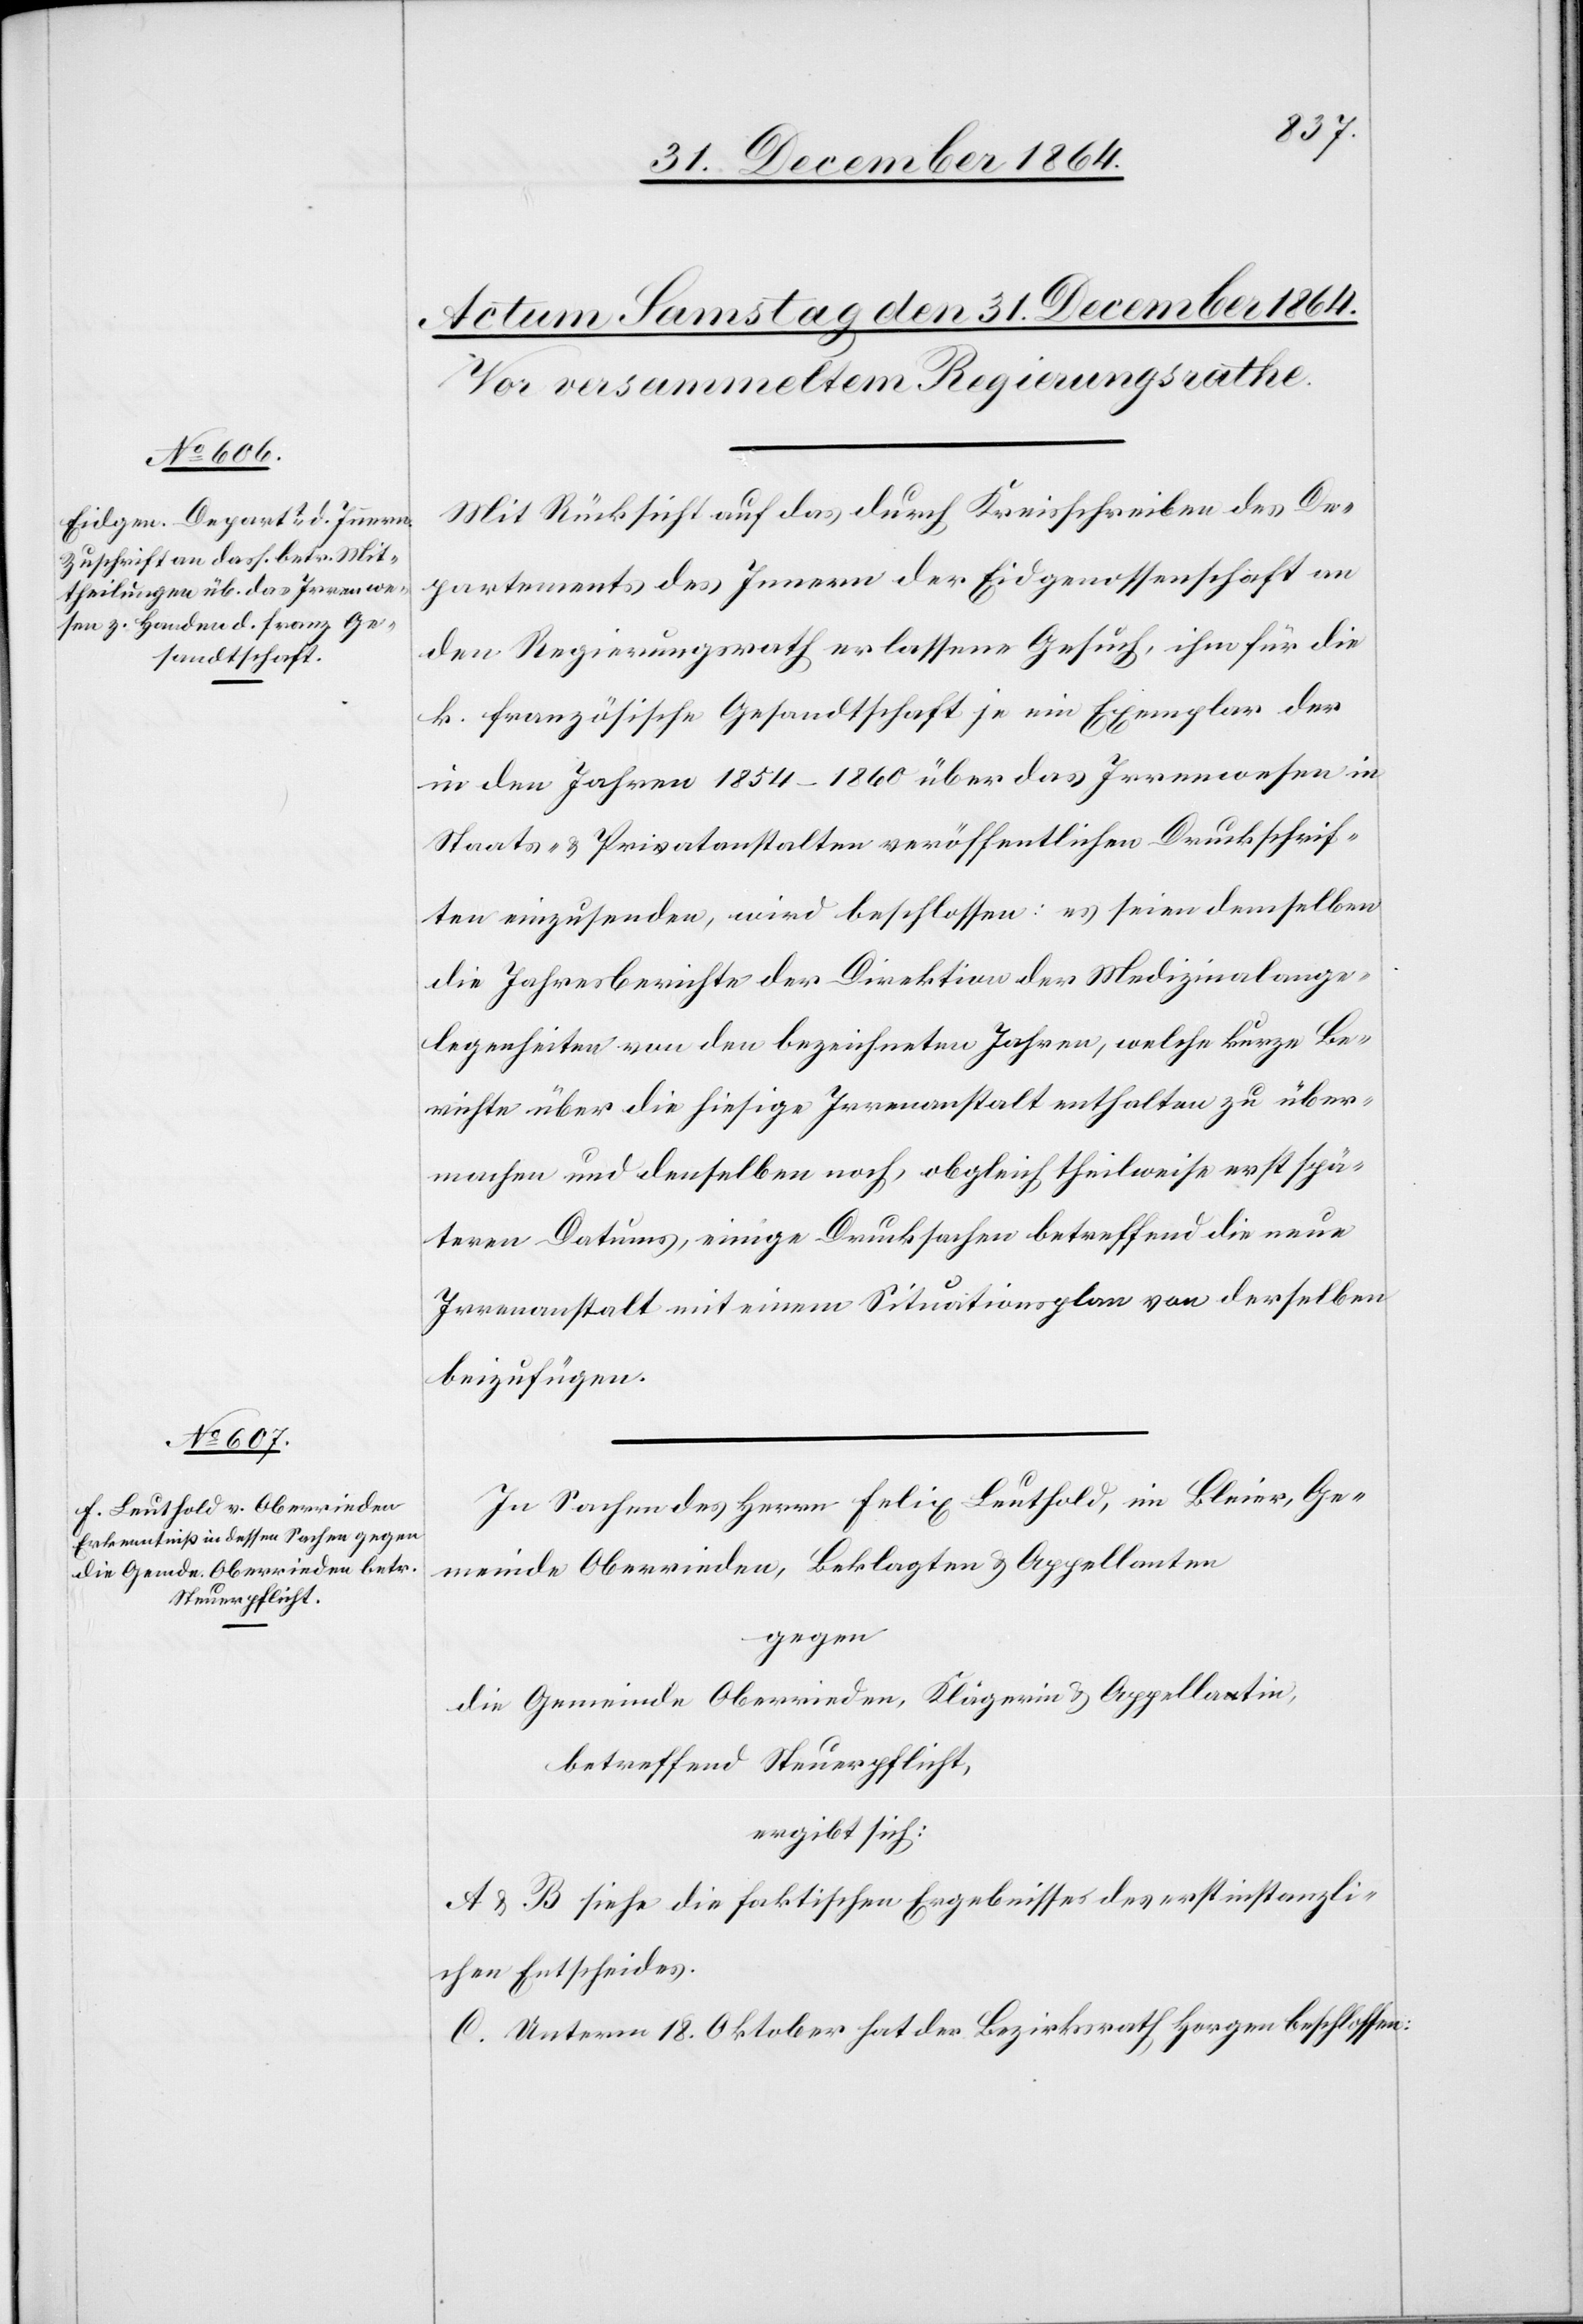
Mit Rücksicht auf das durch Kreisschreiben des De¬
partements des Innern der Eidgenossenschaft an
den Regierungsrath erlassene Gesuch, ihm für die
k. französische Gesandtschaft je ein Exemplar der
in den Jahren 1854–1860 über das Irrenwesen in
Staats- & Privatanstalten veröffentlichten Druckschrif¬
ten einzusenden, wird beschlossen: es seien demselben
die Jahresberichte der Direktion der Medizinalange¬
legenheiten von den bezeichneten Jahren, welche kurze Be¬
richte über die hiesige Irrenanstalt enthalten zu über¬
machen und denselben noch, obgleich theilweise erst spä¬
teren Datums, einige Drucksachen betreffend die neue
Irrenanstalt mit einem Situationsplan von derselben
beizufügen.
In Sachen des Herrn Felix Leuthold, in Bleier, Ge¬
meinde Oberrieden, Beklagten & Appellanten
gegen
die Gemeinde Oberrieden, Klägerin & Appellatin,
betreffend Steuerpflicht,
ergibt sich:
A. & B. siehe die faktischen Ergebnisses [sic!] des erstinstanzli¬
chen Entscheides.
C. Unterm 18. Oktober hat der Bezirksrath Horgen beschlossen: